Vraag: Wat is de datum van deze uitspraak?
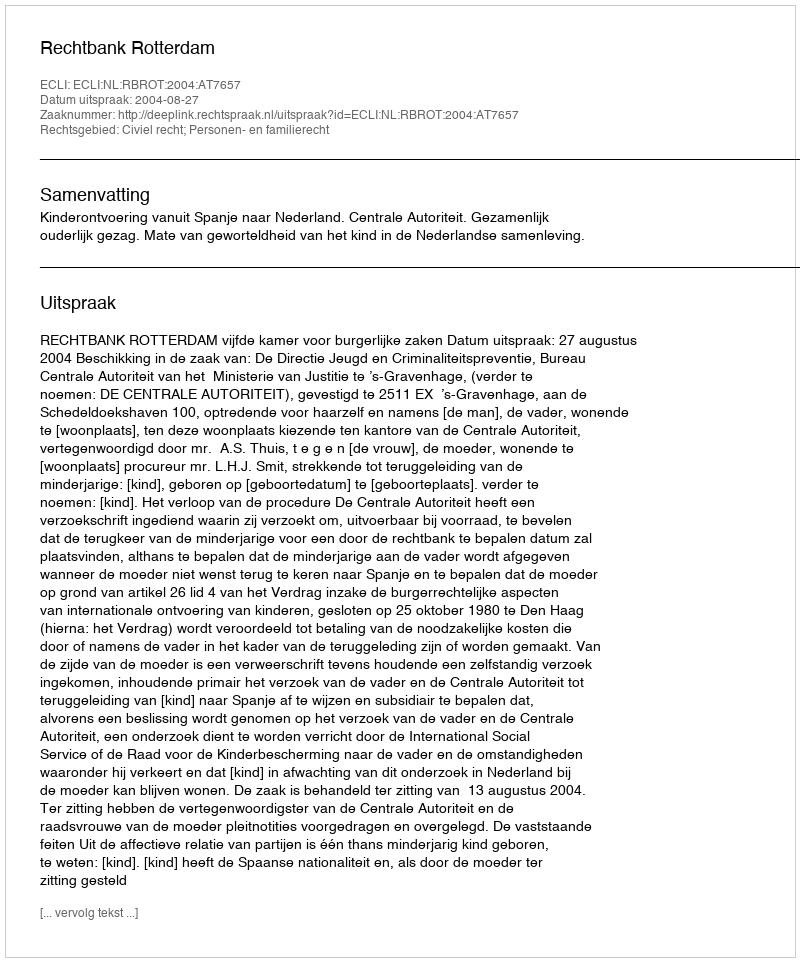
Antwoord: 2004-08-27